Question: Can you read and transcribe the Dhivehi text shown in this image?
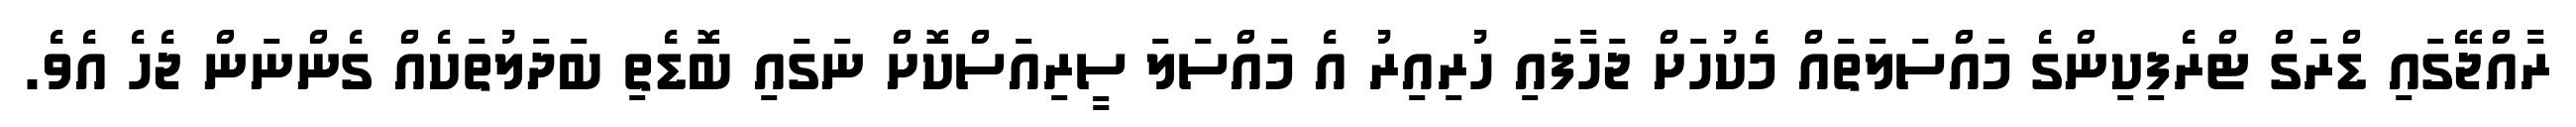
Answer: ރާއްޖޭގައި ޑްރަގް ޓްރެފިކިންގެ މައްސަލަތައް މެކުހަށް ޖަހާފައި ހުރިއިރު އެ މައްސަލަ ސީރިއަސްކޮށް ނަގައި ބޮޑެތި ބަދަލުތަކެއް ގެންނަން ޖެހެ އެވެ.